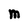
Character: M